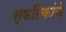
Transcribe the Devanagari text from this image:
स्फटिकांचे